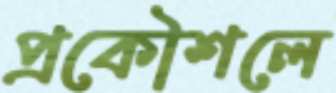
প্রকৌশলে